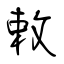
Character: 敕